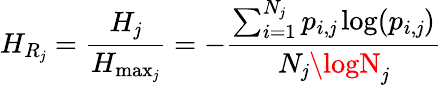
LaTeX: H_{R_{\mathit{j}}}=\frac{{H_{\mathit{j}}}}{{H_{\operatorname*{max}_{\mathit{j}}}}}=-\frac{{\sum_{i=1}^{N_{\mathit{j}}}p_{i,\mathit{j}}\log(p_{i,\mathit{j}})}}{{N_{\mathit{j}}\logN_{\mathit{j}}}}